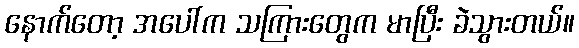
နောက်တော့ အပေါ်က သကြားတွေက မာပြီး ခဲသွားတယ်။